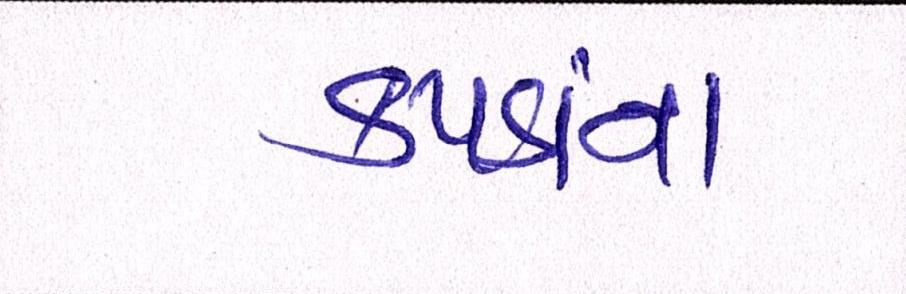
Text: કપડાંના